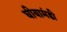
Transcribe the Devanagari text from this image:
घीयामंडी